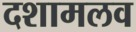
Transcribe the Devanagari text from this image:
दशामलव